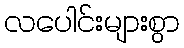
လပေါင်းများစွာ